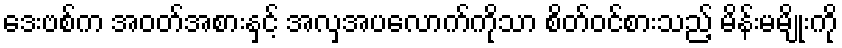
ဒေးဗစ်က အဝတ်အစားနှင့် အလှအပလောက်ကိုသာ စိတ်ဝင်စားသည့် မိန်းမမျိုးကို